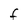
Character: F